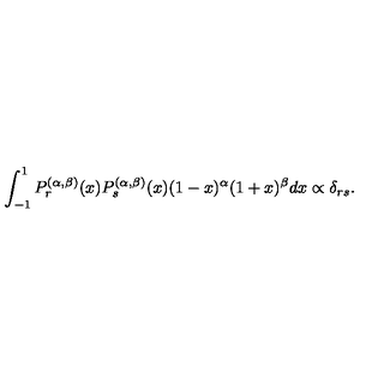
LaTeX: \int _ { - 1 } ^ { 1 } P _ { r } ^ { ( \alpha , \beta ) } ( x ) P _ { s } ^ { ( \alpha , \beta ) } ( x ) ( 1 - x ) ^ { \alpha } ( 1 + x ) ^ { \beta } d x \propto \delta _ { r s } .